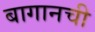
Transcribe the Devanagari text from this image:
बागानची